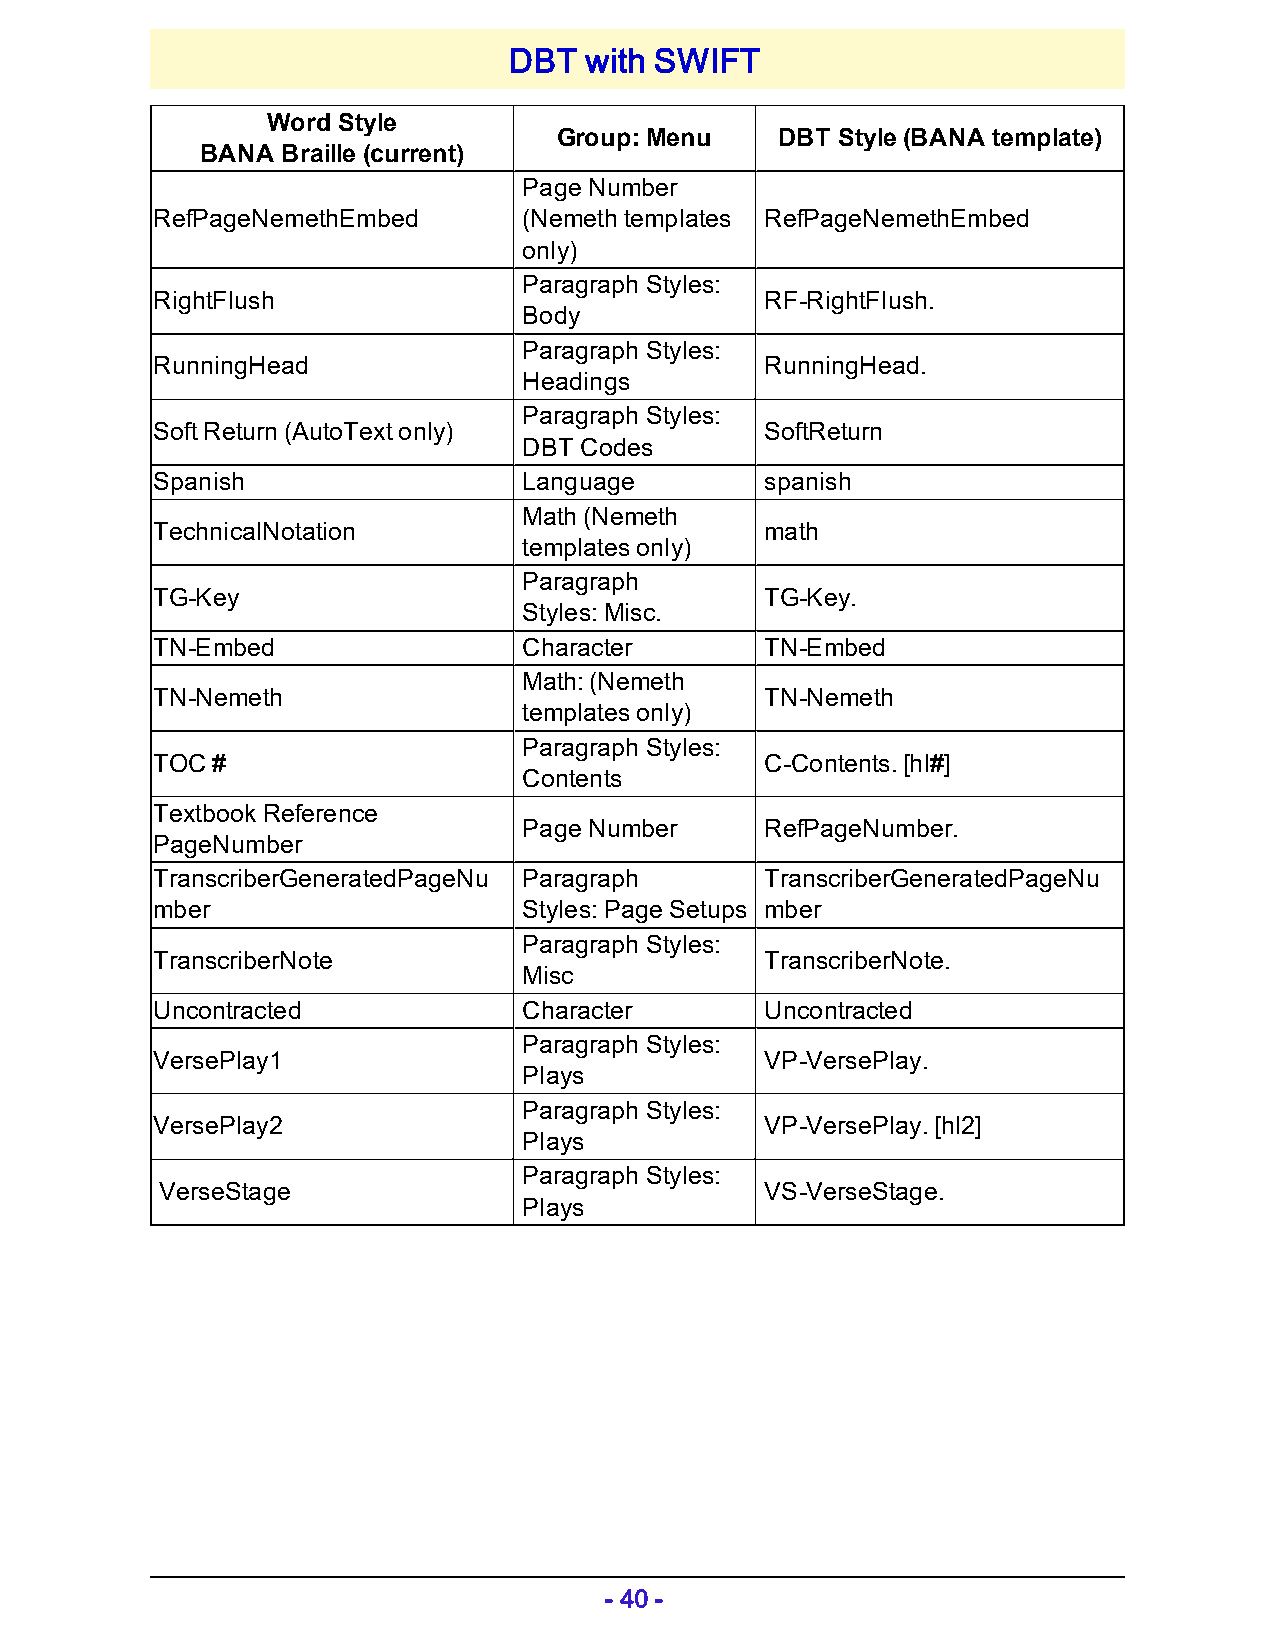
DBT  with SWIFT
 Word Style
 Group: Menu    DBT Style (BANA template)
 BANA  Braille (current)
 Page Number
 RefPageNemethEmbed       (Nemeth templates RefPageNemethEmbed
 only)
 Paragraph Styles:
 RightFlush                               RF-RightFlush.
 Body
 Paragraph Styles:
 RunningHead                              RunningHead.
 Headings
 Paragraph Styles:
 Soft Return (AutoText only)              SoftReturn
 DBT Codes
 Spanish                  Language        spanish
 Math (Nemeth
 TechnicalNotation                        math
 templates only)
 Paragraph
 TG-Key                                   TG-Key.
 Styles: Misc.
 TN-Embed                 Character       TN-Embed
 Math: (Nemeth
 TN-Nemeth                                TN-Nemeth
 templates only)
 Paragraph Styles:
 TOC #                                    C-Contents. [hl#]
 Contents
 Textbook Reference
 Page Number     RefPageNumber.
 PageNumber
 TranscriberGeneratedPageNu Paragraph     TranscriberGeneratedPageNu
 mber                     Styles: Page Setups mber
 Paragraph Styles:
 TranscriberNote                          TranscriberNote.
 Misc
 Uncontracted             Character       Uncontracted
 Paragraph Styles:
 VersePlay1                               VP-VersePlay.
 Plays
 Paragraph Styles:
 VersePlay2                               VP-VersePlay. [hl2]
 Plays
 Paragraph Styles:
 VerseStage                              VS-VerseStage.
 Plays
 - 40 -